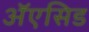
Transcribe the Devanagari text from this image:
ॲएसिड